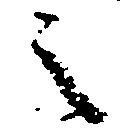
之